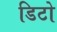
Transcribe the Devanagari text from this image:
डिटो